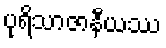
ပုရိသာဇာနီယဿ